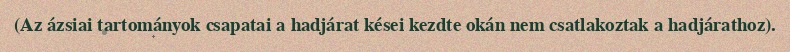
(Az ázsiai tartományok csapatai a hadjárat kései kezdte okán nem csatlakoztak a hadjárathoz).